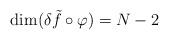
LaTeX: \begin{align*}\mbox{dim}(\delta\tilde{f}\circ\varphi)= N-2\end{align*}